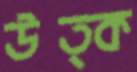
উত্ক